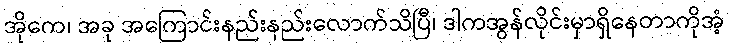
အိုကေ၊ အခု အကြောင်းနည်းနည်းလောက်သိပြီ၊ ဒါကအွန်လိုင်းမှာရှိနေတာကိုအံ့